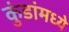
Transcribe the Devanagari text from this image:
कुंडांमध्ये